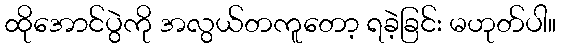
ထိုအောင်ပွဲကို အလွယ်တကူတော့ ရခဲ့ခြင်း မဟုတ်ပါ။